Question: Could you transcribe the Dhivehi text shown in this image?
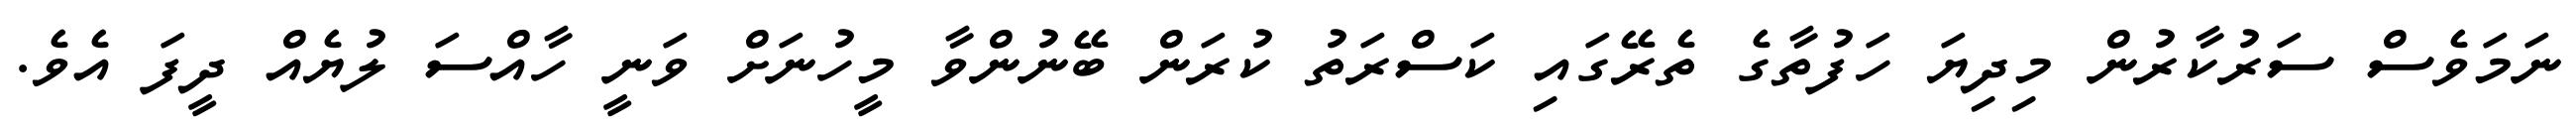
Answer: ނަމަވެސް ސަރުކާރުން މިދިޔަ ހަފުތާގެ ތެރޭގައި ކަސްރަތު ކުރަން ބޭނުންވާ މީހުނަށް ވަނީ ހާއްސަ ލުޔެއް ދީފަ އެވެ.